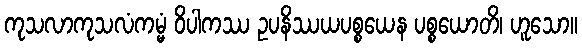
ကုသလာကုသလံကမ္မံ ဝိပါကဿ ဥပနိဿယပစ္စယေန ပစ္စယောတိ၊ ဟူသော။